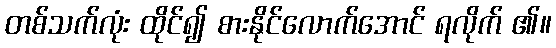
တစ်သက်လုံး ထိုင်၍ စားနိုင်လောက်အောင် ရလိုက် ၏။